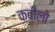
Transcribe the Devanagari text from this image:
क़बीलो